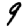
Digit: 9